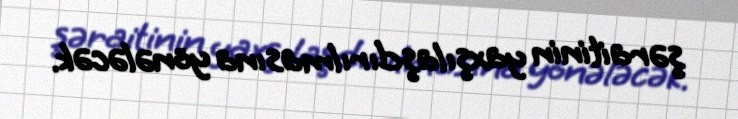
şəraitinin yaxşılaşdırılmasına yönələcək.